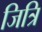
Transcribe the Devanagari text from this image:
जित्रि